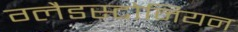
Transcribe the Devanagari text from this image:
ग्लैडस्टोनियन